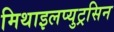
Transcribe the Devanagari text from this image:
मिथाइलप्युट्रसिन